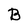
Character: B